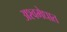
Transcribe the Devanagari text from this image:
अश्वमेधात